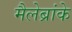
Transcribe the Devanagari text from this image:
मैलेब्रांके